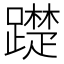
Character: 𨆄